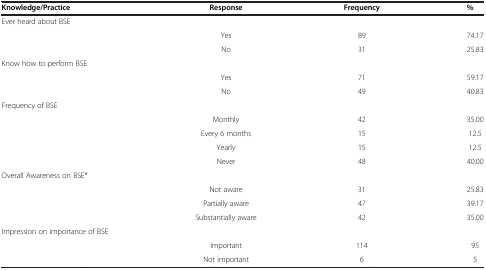
| Knowledge/Practice | Response | Frequency | % |
 | --- | --- | --- | --- |
 | Ever heard about BSE |  |  |  |
 |  | Yes | 89 | 74.17 |
 |  | No | 31 | 25.83 |
 | Know how to perform BSE |  |  |  |
 |  | Yes | 71 | 59.17 |
 |  | No | 49 | 40.83 |
 | Frequency of BSE |  |  |  |
 |  | Monthly | 42 | 35.00 |
 |  | Every 6 months | 15 | 12.5 |
 |  | Yearly | 15 | 12.5 |
 |  | Never | 48 | 40.00 |
 | Overall Awareness on BSE* |  |  |  |
 |  | Not aware | 31 | 25.83 |
 |  | Partially aware | 47 | 39.17 |
 |  | Substantially aware | 42 | 35.00 |
 | Impression on importance of BSE |  |  |  |
 |  | Important | 114 | 95 |
 |  | Not important | 6 | 5 |